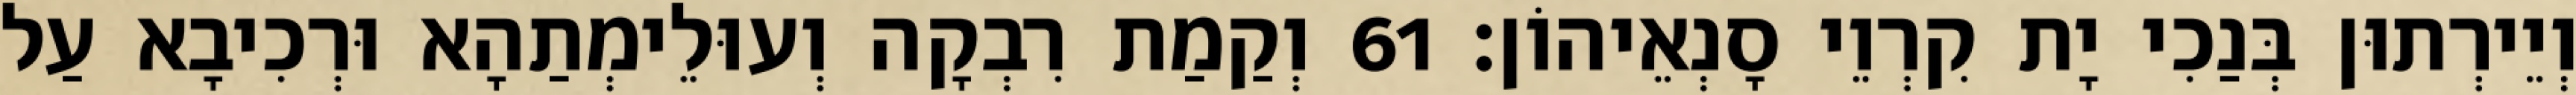
וְיֵירְתוּן בְּנַכִי יָת קִרְוֵי סָנְאֵיהוֹן׃ 61 וְקַמַת רִבְקָה וְעוּלֵימְתַהָא וּרְכִיבָא עַל